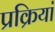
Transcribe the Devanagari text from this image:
प्रक्रियां